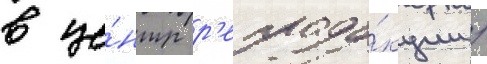
в це́нтр р'епроду́кции /